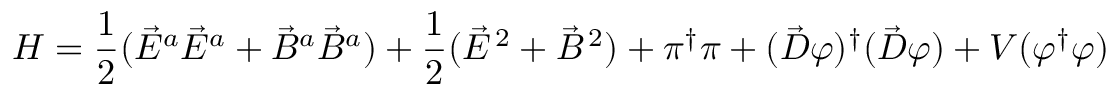
{ \cal H } = \frac { 1 } { 2 } ( \vec { E } ^ { a } \vec { E } ^ { a } + \vec { B } ^ { a } \vec { B } ^ { a } ) + \frac { 1 } { 2 } ( \vec { \cal E } ^ { \, 2 } + \vec { \cal B } ^ { \, 2 } ) + \pi ^ { \dagger } \pi + ( \vec { D } \varphi ) ^ { \dagger } ( \vec { D } \varphi ) + V ( \varphi ^ { \dagger } \varphi )